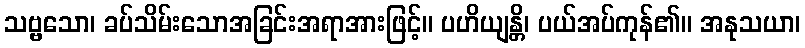
သဗ္ဗသော၊ ခပ်သိမ်းသောအခြင်းအရာအားဖြင့်။ ပဟိယျန္တိ၊ ပယ်အပ်ကုန်၏။ အနုသယာ၊